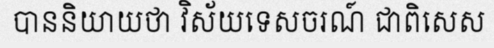
បាននិយាយថា វិស័យទេសចរណ៍ ជាពិសេស